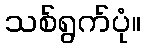
သစ်ရွက်ပုံ။